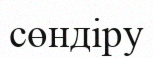
сөндіру